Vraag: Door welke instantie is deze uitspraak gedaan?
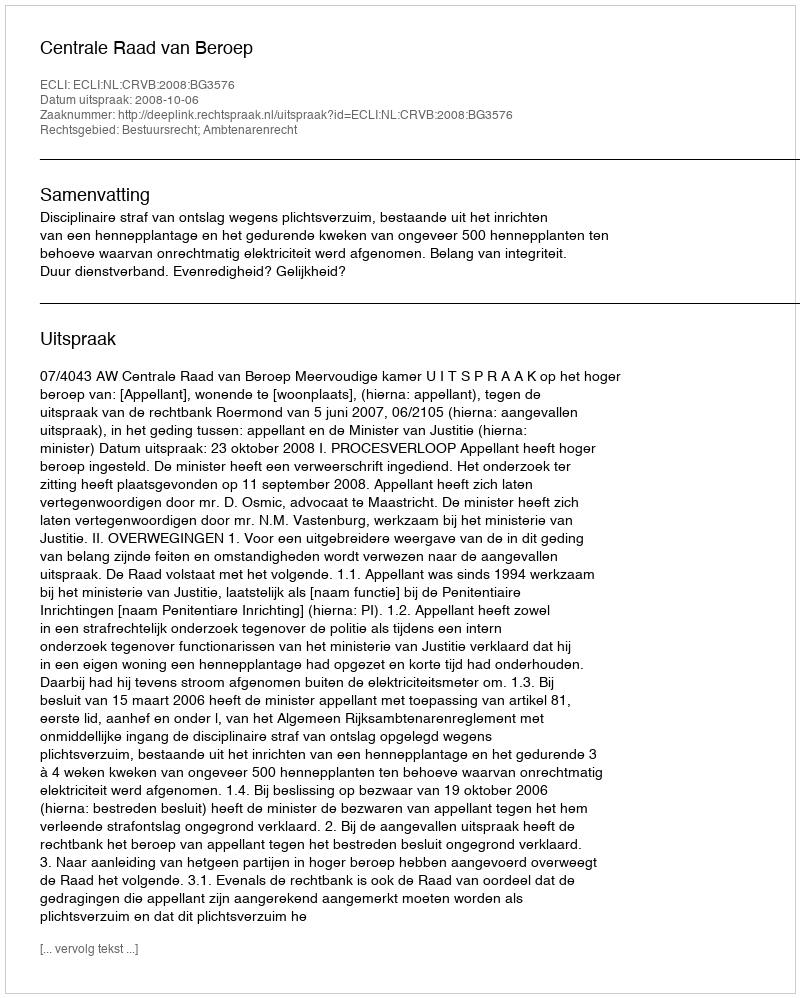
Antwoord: Centrale Raad van Beroep